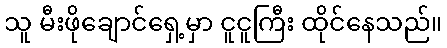
သူ မီးဖိုချောင်ရှေ့မှာ ငူငူကြီး ထိုင်နေသည်။